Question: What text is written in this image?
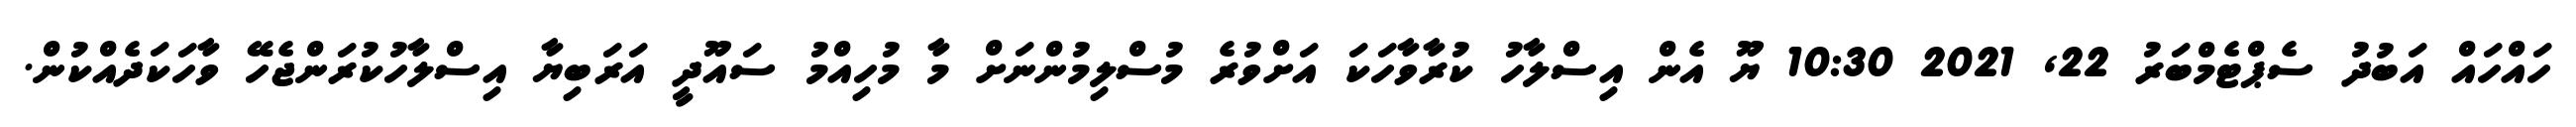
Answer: ހައްހައް އަބުދު ސެޕްޓެމްބަރު 22, 2021 10:30 ޔޫ އެން އިސްލާހު ކުރާވާހަކަ އަށްވުރެ މުސްލިމުންނަށް މާ މުހިއްމު ސައޫދީ އަރަބިޔާ އިސްލާހުކުރަންޖެހޭ ވާހަކަދެއްކުން.